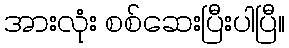
အားလုံး စစ်ဆေးပြီးပါပြီ။